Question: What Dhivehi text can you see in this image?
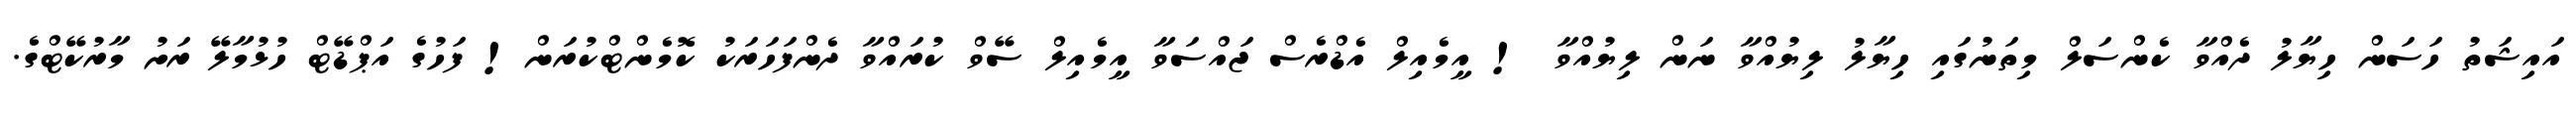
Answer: އައިޝަތު ހަސަން ހިޔާލު ދެއްވާ ކެންސަލް މިތަނުގައި ހިޔާލު ލިޔުއްވާ ނަން ލިޔުއްވާ ! އީމެއިލް އެޑްރެސް ޖައްސަވާ އީމެއިލް ސޭވް ކުރައްވާ ދެންފަހަރަކު ކޮމެންޓްކުރަން! ފަހުގެ އަޕްޑޭޓް ހުޅުމާލޭ ރަށު މާރުކޭޓްގެ.